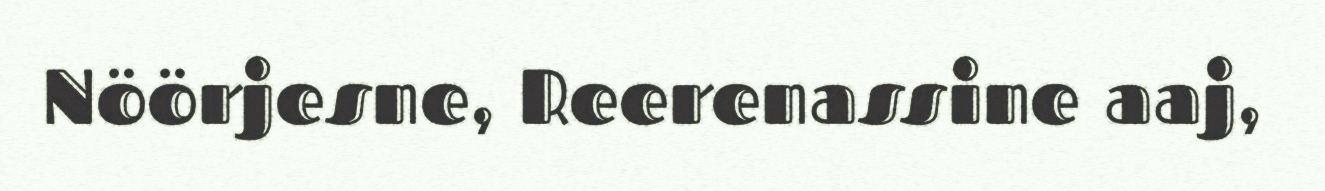
Nöörjesne, Reerenassine aaj,